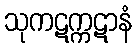
သုကဋက္ကဋာနံ